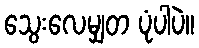
သွေးလေမျှတ ပုံပါပဲ။